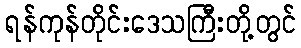
ရန်ကုန်တိုင်းဒေသကြီးတို့တွင်